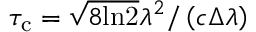
\tau _ { \mathrm { c } } = \sqrt { 8 \mathrm { l n 2 } } \lambda ^ { 2 } / \left( c \Delta \lambda \right)